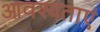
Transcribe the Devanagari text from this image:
आवश्यताएं